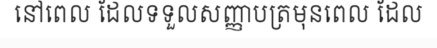
នៅពេល ដែលទទួលសញ្ញាបត្រមុនពេល ដែល